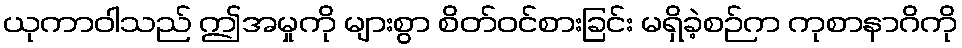
ယုကာဝါသည် ဤအမှုကို များစွာ စိတ်ဝင်စားခြင်း မရှိခဲ့စဉ်က ကုစာနာဂိကို